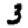
Digit: 3